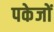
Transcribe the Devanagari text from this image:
पकेजों